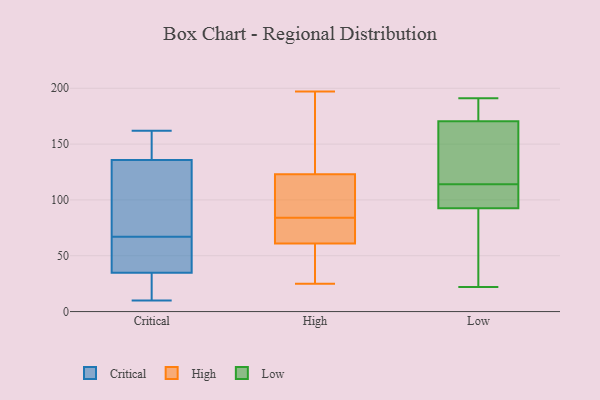
{"axis": {"x": "Energy Usage (MWh)", "y": "Value"}, "legend": ["Critical", "High", "Low"], "data": [{"x": "", "y": 162, "type": "Critical"}, {"x": "", "y": 31, "type": "Critical"}, {"x": "", "y": 156, "type": "Critical"}, {"x": "", "y": 120, "type": "Critical"}, {"x": "", "y": 15, "type": "Critical"}, {"x": "", "y": 45, "type": "Critical"}, {"x": "", "y": 10, "type": "Critical"}, {"x": "", "y": 110, "type": "Critical"}, {"x": "", "y": 126, "type": "Critical"}, {"x": "", "y": 67, "type": "Critical"}, {"x": "", "y": 146, "type": "Critical"}, {"x": "", "y": 139, "type": "Critical"}, {"x": "", "y": 33, "type": "Critical"}, {"x": "", "y": 42, "type": "Critical"}, {"x": "", "y": 40, "type": "Critical"}, {"x": "", "y": 189, "type": "High"}, {"x": "", "y": 149, "type": "High"}, {"x": "", "y": 94, "type": "High"}, {"x": "", "y": 102, "type": "High"}, {"x": "", "y": 78, "type": "High"}, {"x": "", "y": 39, "type": "High"}, {"x": "", "y": 71, "type": "High"}, {"x": "", "y": 124, "type": "High"}, {"x": "", "y": 47, "type": "High"}, {"x": "", "y": 78, "type": "High"}, {"x": "", "y": 27, "type": "High"}, {"x": "", "y": 122, "type": "High"}, {"x": "", "y": 82, "type": "High"}, {"x": "", "y": 89, "type": "High"}, {"x": "", "y": 60, "type": "High"}, {"x": "", "y": 62, "type": "High"}, {"x": "", "y": 193, "type": "High"}, {"x": "", "y": 25, "type": "High"}, {"x": "", "y": 197, "type": "High"}, {"x": "", "y": 86, "type": "High"}, {"x": "", "y": 171, "type": "Low"}, {"x": "", "y": 191, "type": "Low"}, {"x": "", "y": 146, "type": "Low"}, {"x": "", "y": 95, "type": "Low"}, {"x": "", "y": 32, "type": "Low"}, {"x": "", "y": 97, "type": "Low"}, {"x": "", "y": 170, "type": "Low"}, {"x": "", "y": 140, "type": "Low"}, {"x": "", "y": 107, "type": "Low"}, {"x": "", "y": 92, "type": "Low"}, {"x": "", "y": 22, "type": "Low"}, {"x": "", "y": 93, "type": "Low"}, {"x": "", "y": 118, "type": "Low"}, {"x": "", "y": 188, "type": "Low"}, {"x": "", "y": 176, "type": "Low"}, {"x": "", "y": 121, "type": "Low"}, {"x": "", "y": 86, "type": "Low"}, {"x": "", "y": 26, "type": "Low"}, {"x": "", "y": 174, "type": "Low"}, {"x": "", "y": 110, "type": "Low"}]}